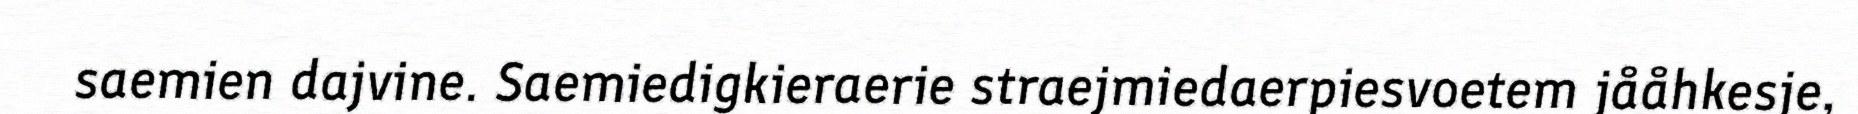
saemien dajvine. Saemiedigkieraerie straejmiedaerpiesvoetem jååhkesje,